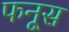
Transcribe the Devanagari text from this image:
फनूस